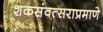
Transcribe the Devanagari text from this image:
शकसंवत्सराप्रमाणे